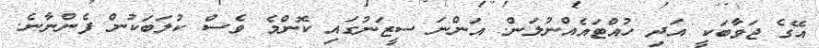
އޭގެ ޖަވާބަކީ އަދި ހުއްޓައެއްނުލަން. އަންނަ ސީޒަނުގައި ކޮންމެ ވެސް ކުލަބަކުން ފެންނާނެ.